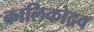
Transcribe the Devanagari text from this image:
कालिकोद्रव